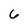
Character: 6